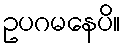
ဥပဂမနေပိ။